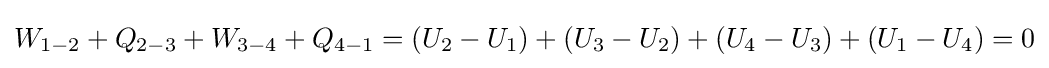
W_{1-2}+Q_{2-3}+W_{3-4}+Q_{4-1}=\left(U_{2}-U_{1}\right)+\left(U_{3}-U_{2}\right)+\left(U_{4}-U_{3}\right)+\left(U_{1}-U_{4}\right)=0